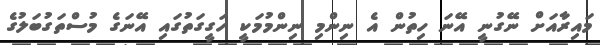
މައިރާއަށް ނޭގުނީ އޭނަ ހިތުން އެ ނިންމި ނިންމުމަކީ ހަގީގަތުގައި އޭނަގެ މުސްތަގުބަލުގެ